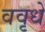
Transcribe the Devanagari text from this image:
ववृधे